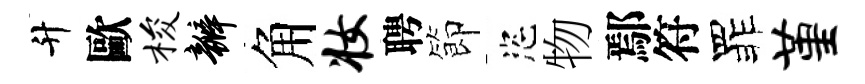
升歐梭瓣角妆聘節恣物鄢符罪堇